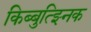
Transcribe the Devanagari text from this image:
किब्बुत्झ्निक